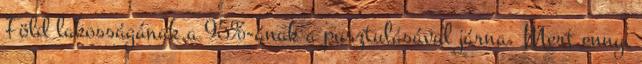
Föld lakosságának a 95%-ának a pusztulásával járna. Mert ennyi